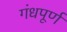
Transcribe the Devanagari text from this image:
गंधपूर्ण